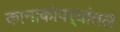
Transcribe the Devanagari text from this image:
कानाकोपर्‍यांतले